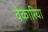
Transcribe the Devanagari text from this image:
वेकारिया